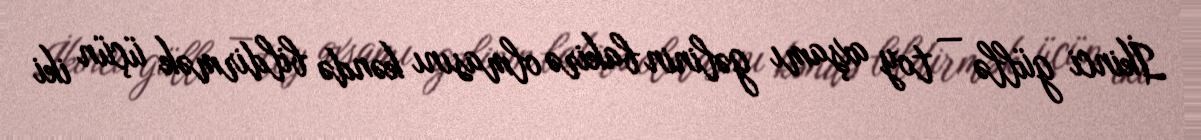
İkinci güllə — toy axşamı gəlinin bakirə olmasını kəndə bildirmək üçün iki